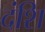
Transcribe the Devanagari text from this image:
दंशि